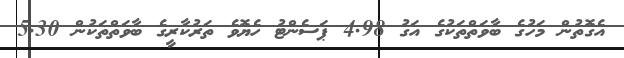
އެގޮތުން މަހުގެ ބާވަތްތަކުގެ އަގު 4.98 ޕަސެންޓު ހެޔޮވެ ތަރުކާރީގެ ބާވަތްތަކުން 5.30